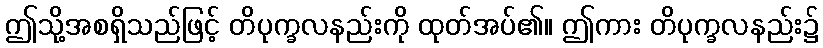
ဤသို့အစရှိသည်ဖြင့် တိပုက္ခလနည်းကို ထုတ်အပ်၏။ ဤကား တိပုက္ခလနည်း၌